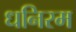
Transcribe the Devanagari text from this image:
धनिरम